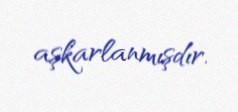
aşkarlanmışdır.